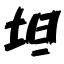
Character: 坦